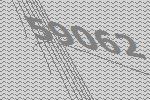
59062